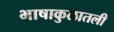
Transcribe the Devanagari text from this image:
भाषाकुळातली